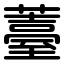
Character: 薹